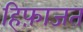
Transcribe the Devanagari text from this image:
हिफ़ाजत